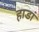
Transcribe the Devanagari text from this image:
हाडां